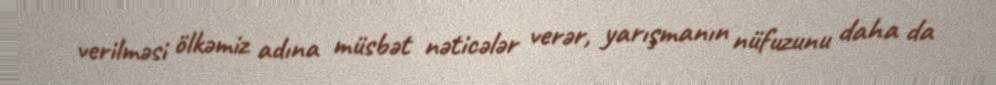
verilməsi ölkəmiz adına müsbət nəticələr verər, yarışmanın nüfuzunu daha da